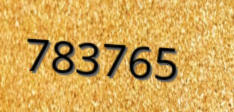
783765